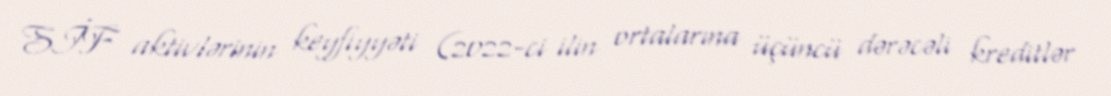
SİF aktivlərinin keyfiyyəti (2022-ci ilin ortalarına üçüncü dərəcəli kreditlər